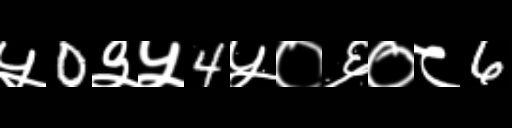
Text: ५0३५4५०६०८6